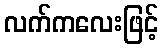
လက်ကလေးဖြင့်